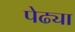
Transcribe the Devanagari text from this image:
पेढ्या